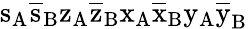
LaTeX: \mathrm{s_{A}\mathrm{\overline{{s}}_{B}\mathrm{z_{A}\mathrm{\overline{{z}}_{B}\mathrm{x_{A}\mathrm{\overline{{x}}_{B}\mathrm{y_{A}\mathrm{\overline{{y}}_{B}}}}}}}}}